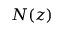
N ( z )